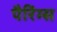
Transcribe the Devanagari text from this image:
पैरिंग्स